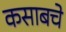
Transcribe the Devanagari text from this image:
कसाबचे